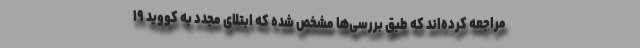
مراجعه کرده‌اند که طبق بررسی‌ها مشخص شده که ابتلای مجدد به کووید ۱۹